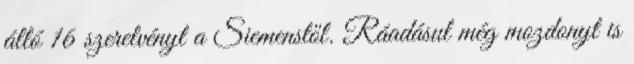
álló 16 szerelvényt a Siemenstől. Ráadásul még mozdonyt is